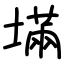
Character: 㙢